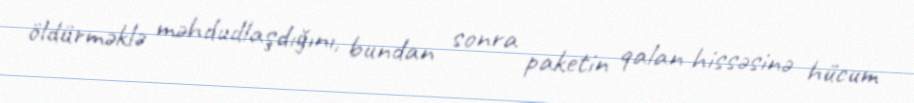
öldürməklə məhdudlaşdığını, bundan sonra paketin qalan hissəsinə hücum